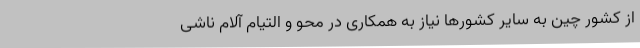
از کشور چین به سایر کشورها نیاز به همکاری در محو و التیام آلام ناشی